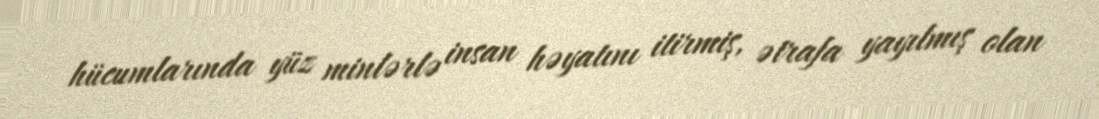
hücumlarında yüz minlərlə insan həyatını itirmiş, ətrafa yayılmış olan